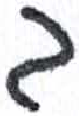
אות: ב